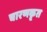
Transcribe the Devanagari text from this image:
चारणकृत